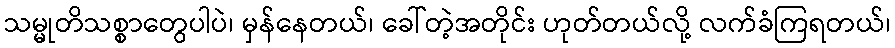
သမ္မုတိသစ္စာတွေပါပဲ၊ မှန်နေတယ်၊ ခေါ်တဲ့အတိုင်း ဟုတ်တယ်လို့ လက်ခံကြရတယ်၊